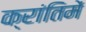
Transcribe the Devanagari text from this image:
क्रांतिमें